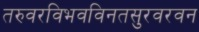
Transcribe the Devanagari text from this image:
तरुवरविभवविनतसुरवरवन